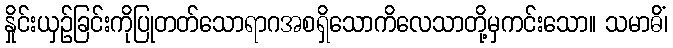
နှိုင်းယှဉ်ခြင်းကိုပြုတတ်သောရာဂအစရှိသောကိလေသာတို့မှကင်းသော။ သမာဓိံ၊